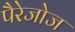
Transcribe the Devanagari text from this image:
पैरेजोज